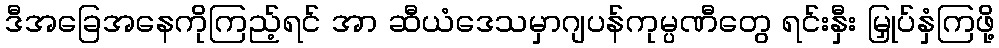
ဒီအခြေအနေကိုကြည့်ရင် အာ ဆီယံဒေသမှာဂျပန်ကုမ္ပဏီတွေ ရင်းနှီး မြှုပ်နှံကြဖို့